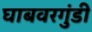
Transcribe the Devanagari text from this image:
घाबवरगुंडी